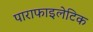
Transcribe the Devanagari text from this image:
पाराफाइलेटिक